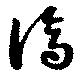
濟